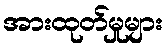
အားထုတ်မှုများ